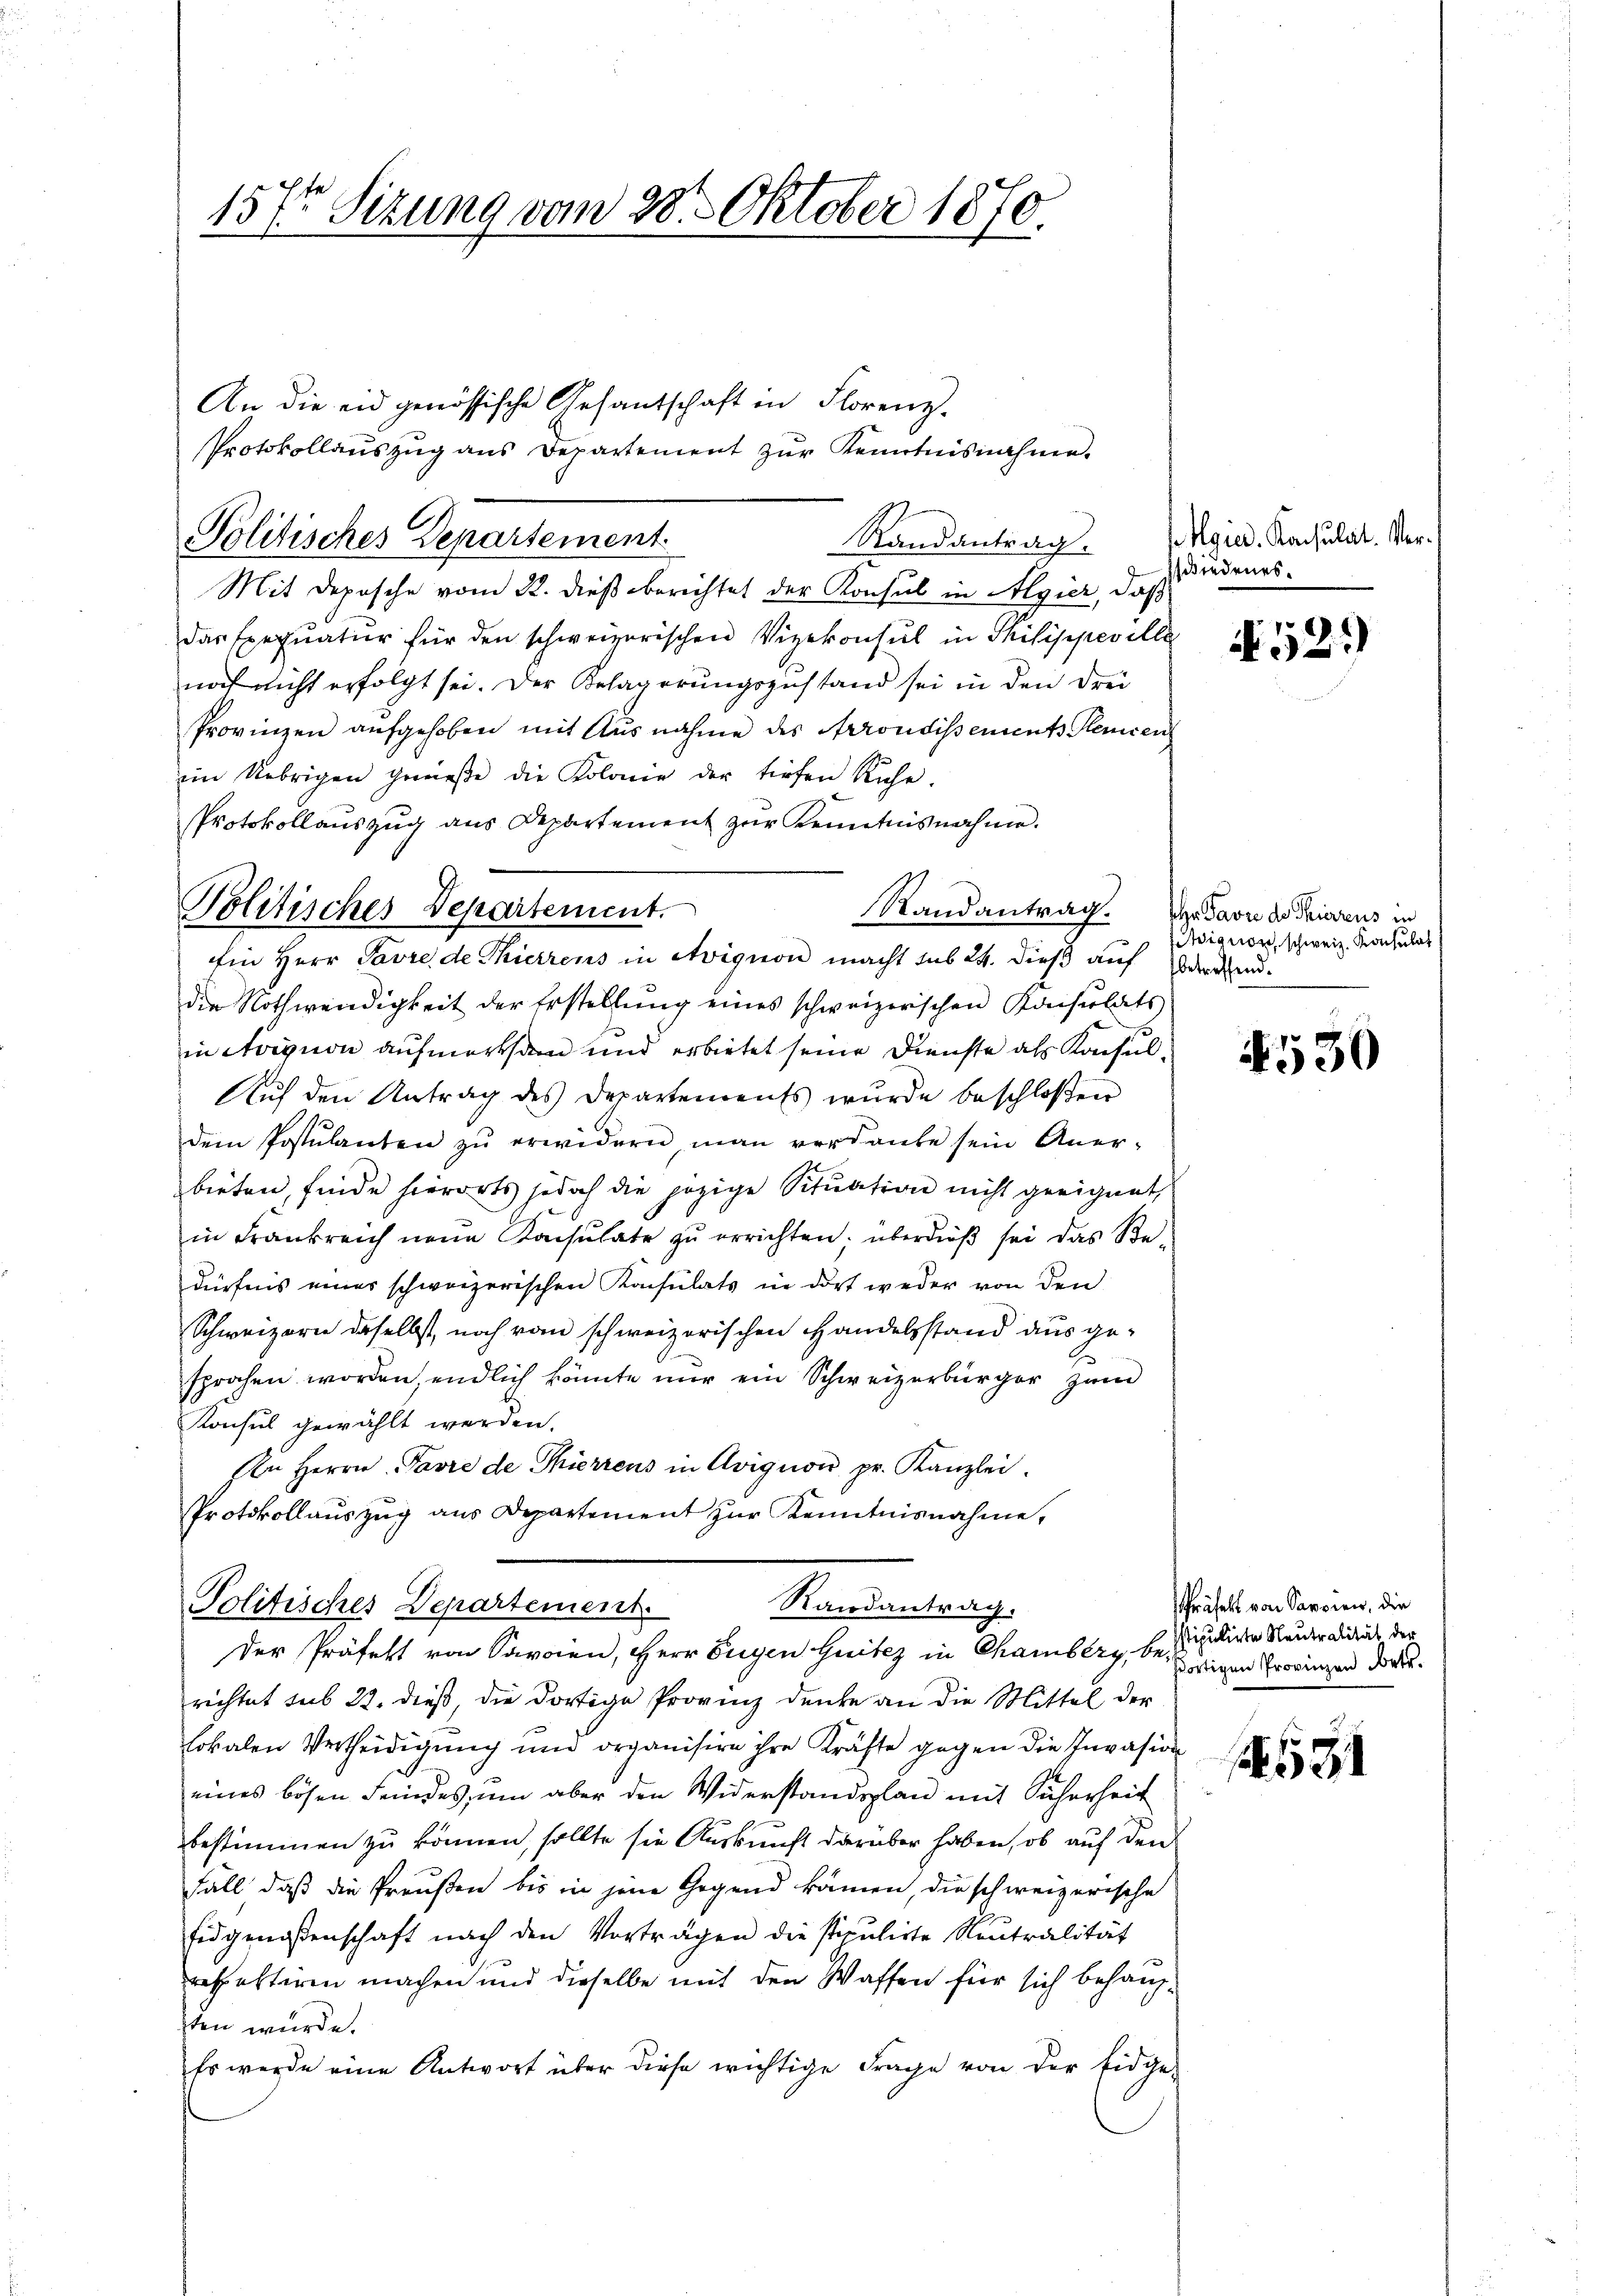
157t Sitzung vom 28. Oktober 1870.

An die eid genössische Gesandschaft in Florenz-
Protokollaŭszŭg ans Departement zŭr Kenntnisnahme.

Politisches Departement.

Randantrag.

Politisches Departement.
Ein Herr Pavre de Thierrens in Avignon macht sub 24. dieß auf Ederchen.

Mit Depesche vom 22. dieß berichtet der Konsul in Algier, daß
das Exequatur für den schweizerischen Vizekonsul in Philippeville
noch nicht erfolgt sei. Der Belagerungszustand sei in den drei
Provinzen aufgehoben mit Ausnahme des Arrondissements Hemden
im Uebrigen gewiese die Kolonie der tiefen Ruhe.
PProtokollauszug aus Departement zur Kenntnisnahme.
die Nothwendigkeit der Erstellung eines schweizerischen Konsulats-
in Avision aufmerksten und erbietet seine Dienste als Konsul¬
Auf den Antrag des Departements wurde beschloßen
dem Postulanten zŭ erwidern man verdanke sein Aner-
bieten, finde hierorts jedoch die jezige Situation nicht geeignet,
in Frankreich neue Konsulate zŭ errichten. überdieβ sei das Be-
dürfnis eines schweizerischen Konsulats in dort weder von den
Schweizern daselbst, noch vom schweizerischen Handelsstand aus gesprochen worden, endlich könnte nur ein Schweizerbürger zum
Konsul gewählt werden.
Ien Herrn Favre de Thierrens in Avignon pr. Kanzlei.
Protokollaŭszŭg aŭs Departement zŭr Kenntnisnahme,

Mandantrag. Hr. Favre des Trierens in

Randantrag:
Politisches Departement.
Der Präfekt von Savoren, Herr Eugen Guitez in Chamberg, be¬

richtet sub 22. dieß die dortige Provinz denke an die Mittel der
lokalen Vertheidigŭng ŭm organisire ihre Kräfte gegen die Invasion
eines bösen Feindes, um aber den Widerstandsplan mit Sicherheit
bestimmen zu können, sollte sie Auskunft darüber haben, ob auf den
Fall, daß die Preußen bis in jene Gegend kämen, die schweizerische
Eidgenoßenschaft nach den Vorträgen die stipulirte Neutralität
rehalteren machen und dieselbe mit den Waffen für sich behaupsten würde.
Es wurde eine Antwort über diese wichtige Frage von der Eidge-

Agie. Konsulat. Verwiedenes.

N 525

Hiquos schweiz. Konsulat

530

Präfekt von Sargien, die
stipulirte Neutralität der
ortigen Provinzen Orte.
531